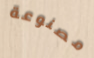
مصنوعة